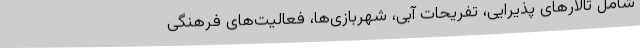
شامل تالارهای پذیرایی، تفریحات آبی، شهربازی‌ها، فعالیت‌های فرهنگی